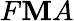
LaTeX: F\mathbf{M}A